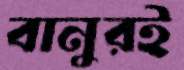
বানুরই